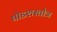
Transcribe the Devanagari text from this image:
षोडशस्तोत्र